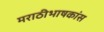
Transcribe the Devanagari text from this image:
मराठीभाषकांस